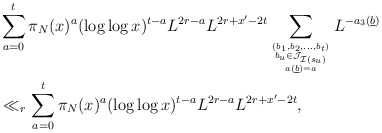
\begin{align*}& \sum_{a=0}^t \pi_N(x)^a (\log \log x)^{t-a} L^{2r - a}L^{2r + x' - 2t} \sum_{(b_1,b_2,\dots,b_{t}) \atop {b_u \in \mathcal J_{\mathcal I(s_u)} \atop {a(\underline{b}) = a}}}L^{-a_3(\underline{b})} \\&\ll_r \sum_{a=0}^t \pi_N(x)^a (\log \log x)^{t-a} L^{2r - a}L^{2r + x' - 2t},\end{align*}